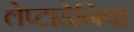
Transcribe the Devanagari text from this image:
लेप्टाडेनिया